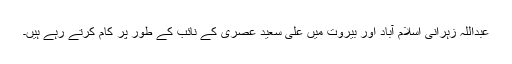
عبداللہ زہرانی اسلام آباد اور بیروت میں علی سعید عصری کے نائب کے طور پر کام کرتے رہے ہیں۔